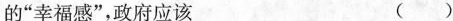
的”幸福感”，政府应该 ( )